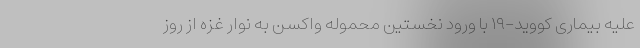
علیه بیماری کووید-۱۹ با ورود نخستین محموله واکسن به نوار غزه از روز